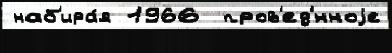
наб'ира́я 1966  пров'ед'́нноjе